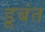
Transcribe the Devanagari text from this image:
डूबंत